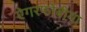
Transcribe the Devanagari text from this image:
ऐगरफोबीया